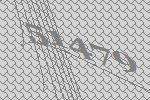
51479